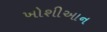
ખોશીઆન